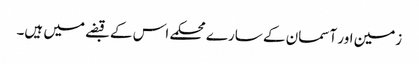
زمین اور آسمان کے سارے محکمے اس کے قبضے میں ہیں۔